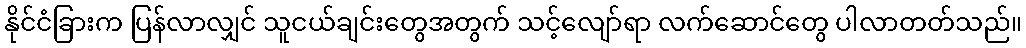
နိုင်ငံခြားက ပြန်လာလျှင် သူငယ်ချင်းတွေအတွက် သင့်လျော်ရာ လက်ဆောင်တွေ ပါလာတတ်သည်။